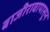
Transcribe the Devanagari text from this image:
बाजीरावापासून